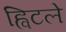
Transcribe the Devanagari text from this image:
ह्विटले